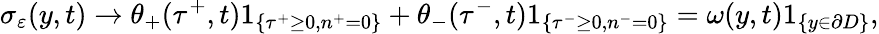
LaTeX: \sigma_{\varepsilon}(y,t)\to\theta_{+}(\tau^{+},t)1_{\{ \tau^{+}\geq 0,n^{+}=0\} }+\theta_{-}(\tau^{-},t)1_{\{ \tau^{-}\geq 0,n^{-}=0\} }=\omega(y,t)1_{\{ y\in\partial D\} },